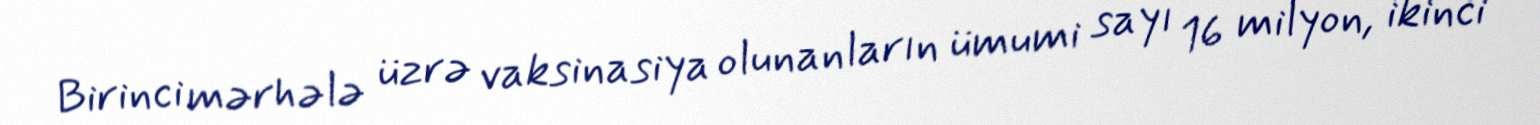
Birinci mərhələ üzrə vaksinasiya olunanların ümumi sayı 16 milyon, ikinci